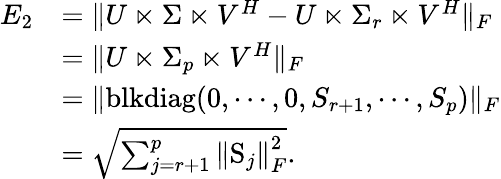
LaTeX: \begin{array}{rl}{E_{2}}&{=\Vert U\ltimes\Sigma\ltimes V^{H}-U\ltimes\Sigma_{r}\ltimes V^{H}\Vert_{F}}\\ &{=\Vert U\ltimes\Sigma_{p}\ltimes V^{H}\Vert_{F}}\\ &{=\Vert\mathrm{blkdiag}(0,\cdots,0,S_{r+1},\cdots,S_{p})\Vert_{F}}\\ &{=\sqrt{\sum_{j=r+1}^{p}{\Vert\mathrm{S}_{j}\Vert}_{F}^{2}}.}\end{array}